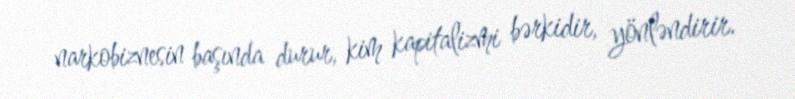
narkobiznesin başında durur, kim kapitalizmi bərkidir, yönləndirir.